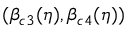
( \beta _ { c 3 } ( \eta ) , \beta _ { c 4 } ( \eta ) )